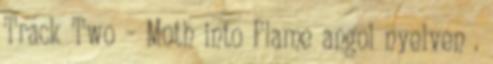
Track Two – Moth into Flame angol nyelven .